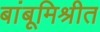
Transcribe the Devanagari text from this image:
बांबूमिश्रीत